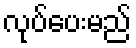
လုပ်ပေးမည်